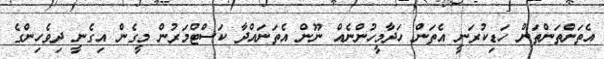
އެތަންތަންތަން ހަޑިކުރަނީ އެތަން ހަދާމީހުންނެއް ނޫން އެތަނައްދާ ކަސްޓްމަރުން މީގެން އިގެނީ ދިވެހިންގެ